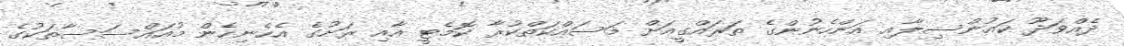
ދެއްވަދޫ ކައުންސިލާއި އަންހެނުންގެ ތަރައްގީއަށް މަސައްކަތްކުރާ ކޮމެޓީ އާއި ރަށުގެ އެހެނިހެން މުއައްސަސާތަކުގެ